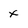
Character: x